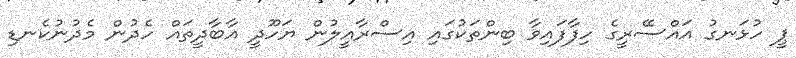
ޕީ ހުޅަނގު އައްސޭރީގެ ހިފާފައިވާ ބިންތަކުގައި އިސްރާއީލުން ޔަހޫދީ އާބާދީތައް ހެދުން މެދުނުކެނޑި